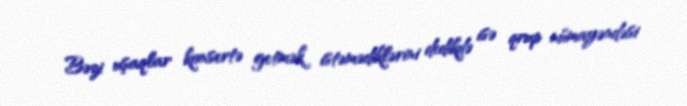
Bəzi uşaqlar konsertə getmək istəmədiklərini dedikdə isə qrup nümayəndəsi